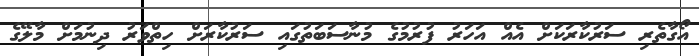
އޯގާތެރި ސަރުކާރަކަށް އެއް އަހަރު ފުރުމުގެ މުނާސަބަތުގައި ސަރުކާރަށް ހިތްވަރު ދިނުމަށް މާލޭގެ